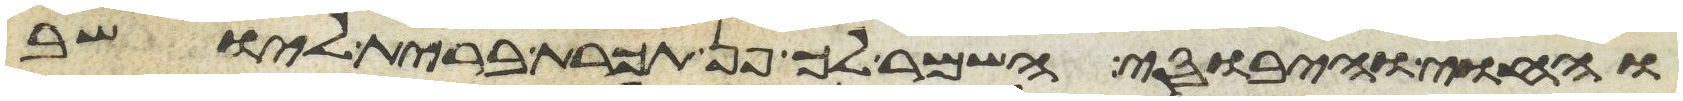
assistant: והחוי והיבוסי השמר לך פן תכרת ברית ליושב